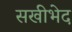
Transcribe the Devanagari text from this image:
सखीभेद